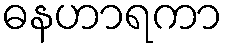
ဓနဟာရကာ